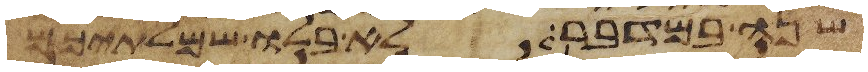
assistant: שנה במדבר לא בלו שמלתיכם